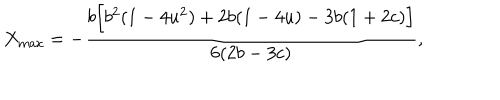
LaTeX: X _ { \mathrm { m a x } } = - \frac { b \Bigl [ b ^ { 2 } ( 1 - 4 u ^ { 2 } ) + 2 b ( 1 - 4 u ) - 3 b ( 1 + 2 c ) \Bigr ] } { 6 ( 2 b - 3 c ) } ,